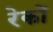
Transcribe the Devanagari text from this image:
रेकों